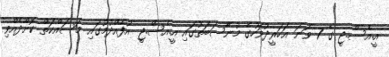
އީ.އެސް.ޖީ ގެ 7 ވަނަ އަހަރީދުވަހުގެ މުނާސަބަތުގައި އީ.އެސް.ޖީ އުފެއްދުމުގައި މަސައްކަތް ކޮށްދެއްވި